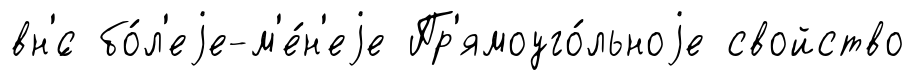
вн'́с бо́л'еjе-м'е́н'еjе Пр'ямоуго́льноjе свойство